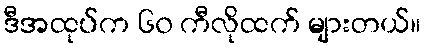
ဒီအထုပ်က ၆၀ ကီလိုထက် များတယ်။